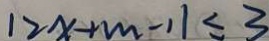
1 2 x + m - 1 1 \leq 3